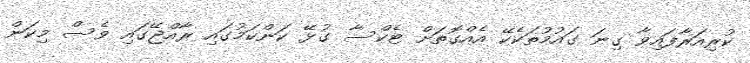
ކުރިއަރާފައިވާ ގިނަ ގައުމުތަކެކޭ އެއްގޮތަށް ޓެކްސާ ގުޅޭ ކަންކަމުގައި ރާއްޖޭގައި ވެސް މިކަން